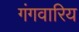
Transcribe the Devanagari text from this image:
गंगवारिय